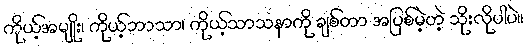
ကိုယ့်အမျိုး၊ ကိုယ့်ဘာသာ၊ ကိုယ့်သာသနာကို ချစ်တာ အပြစ်မဲ့တဲ့ သိုးလိုပါပဲ။